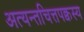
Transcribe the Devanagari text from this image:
अत्यन्तचित्तपक्वस्य